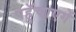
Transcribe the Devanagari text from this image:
पहुॅचाएगें